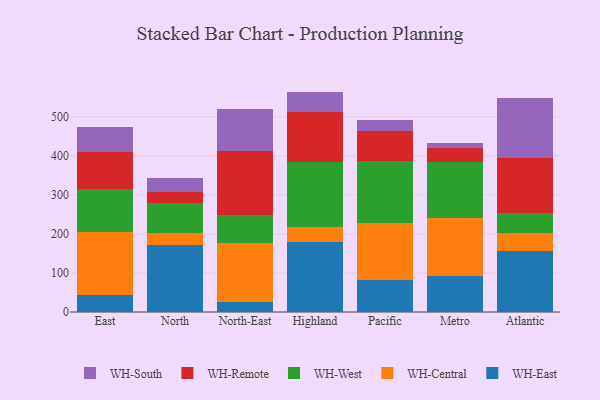
{"axis": {"x": "Region", "y": "Revenue (USD Million)"}, "legend": ["WH-Central", "WH-East", "WH-Remote", "WH-South", "WH-West"], "data": [{"x": "East", "y": 42.9, "type": "WH-East"}, {"x": "East", "y": 160.8, "type": "WH-Central"}, {"x": "East", "y": 111.1, "type": "WH-West"}, {"x": "East", "y": 95.6, "type": "WH-Remote"}, {"x": "East", "y": 63.0, "type": "WH-South"}, {"x": "North", "y": 171.6, "type": "WH-East"}, {"x": "North", "y": 30.6, "type": "WH-Central"}, {"x": "North", "y": 77.5, "type": "WH-West"}, {"x": "North", "y": 26.8, "type": "WH-Remote"}, {"x": "North", "y": 37.7, "type": "WH-South"}, {"x": "North-East", "y": 26.8, "type": "WH-East"}, {"x": "North-East", "y": 149.3, "type": "WH-Central"}, {"x": "North-East", "y": 72.0, "type": "WH-West"}, {"x": "North-East", "y": 164.9, "type": "WH-Remote"}, {"x": "North-East", "y": 105.5, "type": "WH-South"}, {"x": "Highland", "y": 180.0, "type": "WH-East"}, {"x": "Highland", "y": 38.8, "type": "WH-Central"}, {"x": "Highland", "y": 165.4, "type": "WH-West"}, {"x": "Highland", "y": 128.7, "type": "WH-Remote"}, {"x": "Highland", "y": 51.3, "type": "WH-South"}, {"x": "Pacific", "y": 80.7, "type": "WH-East"}, {"x": "Pacific", "y": 146.2, "type": "WH-Central"}, {"x": "Pacific", "y": 158.7, "type": "WH-West"}, {"x": "Pacific", "y": 78.3, "type": "WH-Remote"}, {"x": "Pacific", "y": 27.5, "type": "WH-South"}, {"x": "Metro", "y": 91.0, "type": "WH-East"}, {"x": "Metro", "y": 148.4, "type": "WH-Central"}, {"x": "Metro", "y": 144.5, "type": "WH-West"}, {"x": "Metro", "y": 36.1, "type": "WH-Remote"}, {"x": "Metro", "y": 12.2, "type": "WH-South"}, {"x": "Atlantic", "y": 155.7, "type": "WH-East"}, {"x": "Atlantic", "y": 47.0, "type": "WH-Central"}, {"x": "Atlantic", "y": 50.6, "type": "WH-West"}, {"x": "Atlantic", "y": 140.5, "type": "WH-Remote"}, {"x": "Atlantic", "y": 153.5, "type": "WH-South"}]}